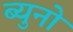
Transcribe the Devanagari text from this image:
ब्युनो